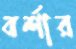
বর্শার